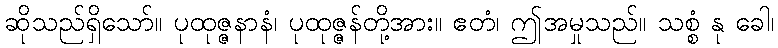
ဆိုသည်ရှိသော်။ ပုထုဇ္ဇနာနံ၊ ပုထုဇ္ဇန်တို့အား။ ဧတံ၊ ဤအမှုသည်။ သစ္စံ နု ခေါ၊